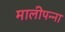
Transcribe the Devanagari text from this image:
मालीपन्‍ना